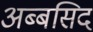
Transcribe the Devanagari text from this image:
अब्बसिद